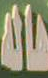
مالا